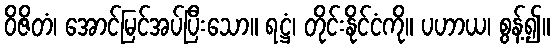
ဝိဇိတံ၊ အောင်မြင်အပ်ပြီးသော။ ရဋ္ဌံ၊ တိုင်းနိုင်ငံကို။ ပဟာယ၊ စွန့်၍။